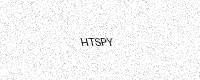
Text: HTSPY